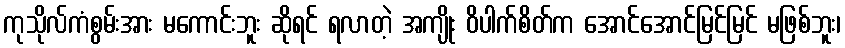
ကုသိုလ်ကံစွမ်းအား မကောင်းဘူး ဆိုရင် ရလာတဲ့ အကျိုး ဝိပါက်စိတ်က အောင်အောင်မြင်မြင် မဖြစ်ဘူး၊